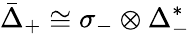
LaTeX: {\bar{\Delta}}_{+}\cong\sigma_{-}\otimes\Delta_{-}^{*}